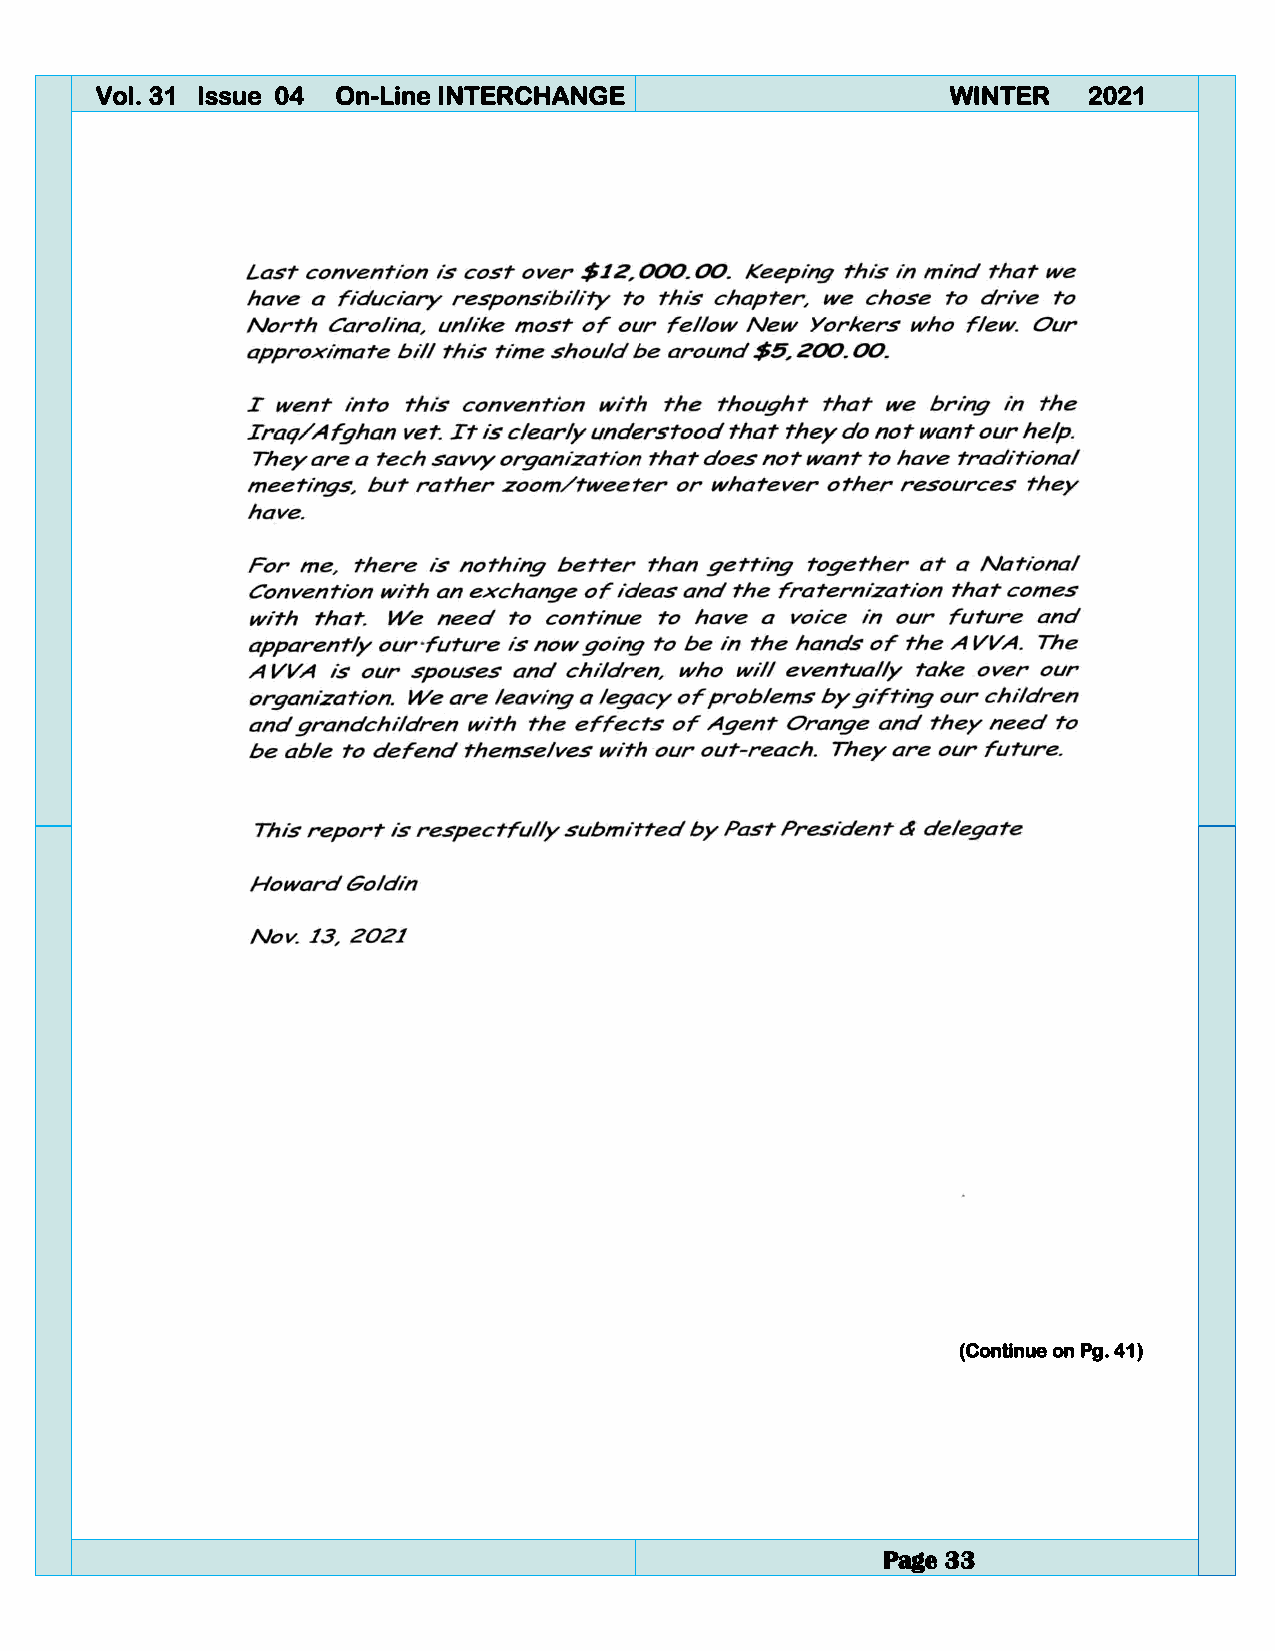
4  Vol. 31 Issue 04 On-Line INTERCHANGE                     WINTER   2021
 (Continue on Pg. 41)
 Page 33